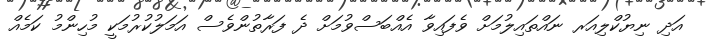
އަދި ނިޔުކްލިއަރ ނައްތައިލުމަށް ވެފައިވާ އެއްބަސްވުމަށް ދެ ފަރާތުންވެސް އަމަލުކުރުމަކީ މުހިންމު ކަމެއް